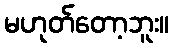
မဟုတ်တော့ဘူး။